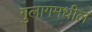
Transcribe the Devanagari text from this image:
गुलागमधील